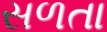
સળતા